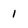
Character: 1